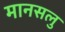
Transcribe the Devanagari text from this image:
मानसलु